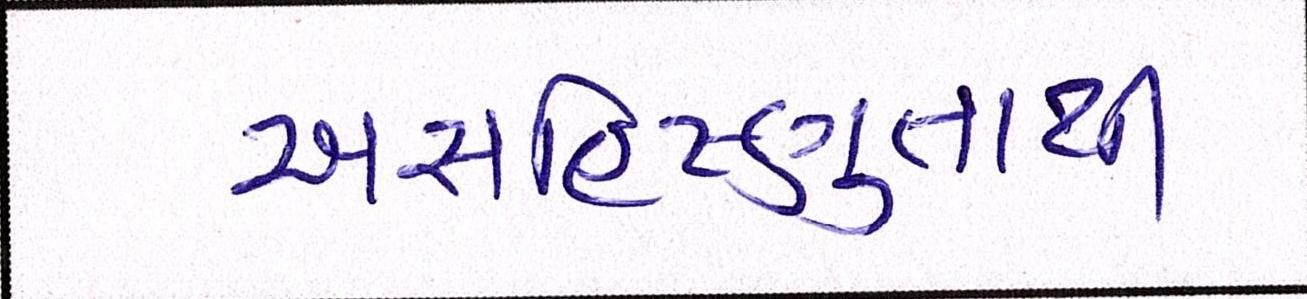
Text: અસહિષ્ણુતાથી